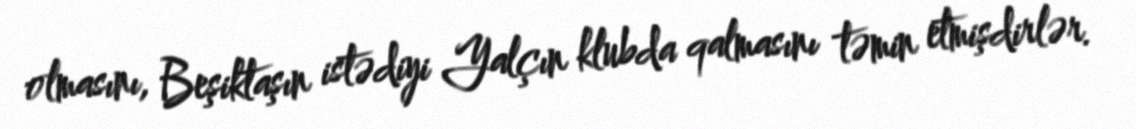
olmasını, Beşiktaşın istədiyi Yalçın klubda qalmasını təmin etmişdirlər.